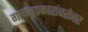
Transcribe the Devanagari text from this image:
गायनप्रकारांबरोबर